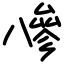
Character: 𠔭